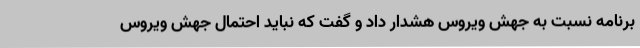
برنامه نسبت به جهش ویروس هشدار داد و گفت که نباید احتمال جهش ویروس